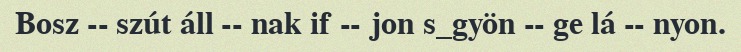
Bosz -- szút áll -- nak if -- jon s_gyön -- ge lá -- nyon.